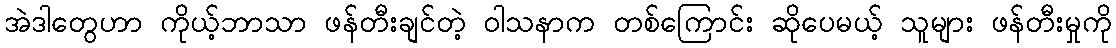
အဲဒါတွေဟာ ကိုယ့်ဘာသာ ဖန်တီးချင်တဲ့ ဝါသနာက တစ်ကြောင်း ဆိုပေမယ့် သူများ ဖန်တီးမှုကို